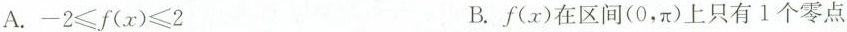
A.$$-2\leqslant f(x)\leqslant 2 B.f(x)在区间(0，\pi)上只有1个零点